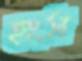
হংস